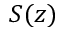
S ( z )